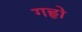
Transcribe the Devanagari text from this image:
गहृो